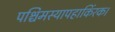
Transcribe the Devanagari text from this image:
पश्चिमस्यापहाकिंरक।